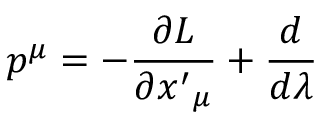
p ^ { \mu } = - \frac { \partial L } { \partial { x ^ { \prime } } _ { \mu } } + \frac { d } { d \lambda }